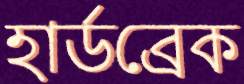
হার্ডব্রেক